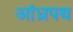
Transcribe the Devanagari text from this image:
आंध्रपथ